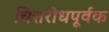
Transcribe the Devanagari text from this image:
चित्तरोधपूर्वक